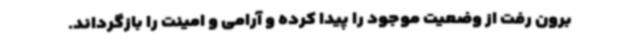
برون رفت از وضعیت موجود را پیدا کرده و آرامی و امینت را بازگرداند.